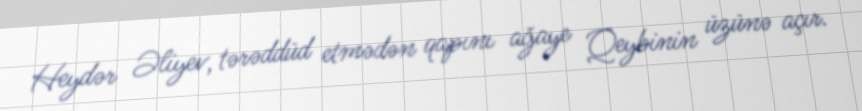
Heydər Əliyev, tərəddüd etmədən qapını ağaye Qeybinin üzünə açır.